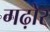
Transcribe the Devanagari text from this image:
गढ़ोर